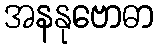
အနနုဗောဓာ